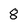
Character: 8